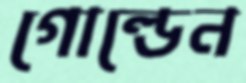
গোল্ডেন